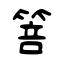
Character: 箁